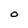
Character: O